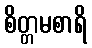
စိတ္တမစာရိ